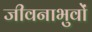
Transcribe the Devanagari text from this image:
जीवनाभुवों